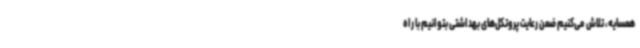
همسایه، تلاش می‌کنیم ضمن رعایت پروتکل‌های بهداشتی بتوانیم با راه